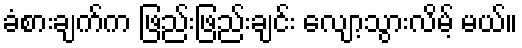
ခံစားချက်က ဖြည်းဖြည်းချင်း လျော့သွားလိမ့် မယ်။